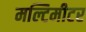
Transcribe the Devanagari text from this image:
मल्टिमीटर